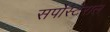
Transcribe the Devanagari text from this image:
सर्पोस्टेराल